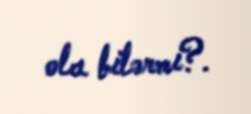
ola bilərmi?.